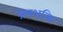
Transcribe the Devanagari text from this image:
प्रेमशक्ति